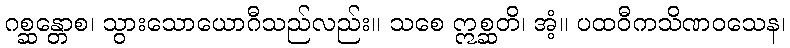
ဂစ္ဆန္တောစ၊ သွားသောယောဂီသည်လည်း။ သစေ ဣစ္ဆတိ၊ အံ့။ ပထဝီကသိဏဝသေန၊